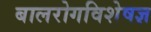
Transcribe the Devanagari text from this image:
बालरोगविशेषज्ञ